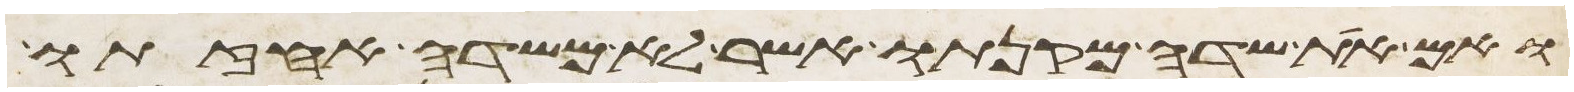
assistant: ואם את שדה מקנתו אשר לא משדה אחזתו